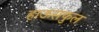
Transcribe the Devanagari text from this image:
हाऊसफुल